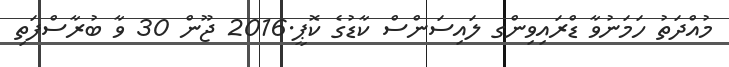
މުއްދަތު ހަމަނުވާ ޑްރައިވިންގ ލައިސަންސް ކާޑުގެ ކޮޕީ.2016 ޖޫން 30 ވާ ބުރާސްފަތި